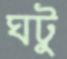
ঘটু